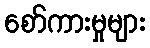
စော်ကားမှုများ